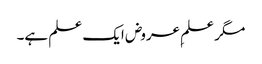
مگر علمِ عروض ایک علم ہے۔